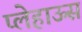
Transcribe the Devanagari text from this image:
प्लेहाऊस